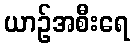
ယာဉ်အစီးရေ